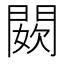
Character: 𨵇